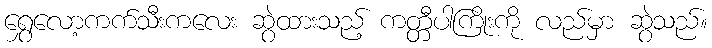
ရွှေလော့ကက်သီးကလေး ဆွဲထားသည့် ကတ္တီပါကြိုးကို လည်မှာ ဆွဲသည်။